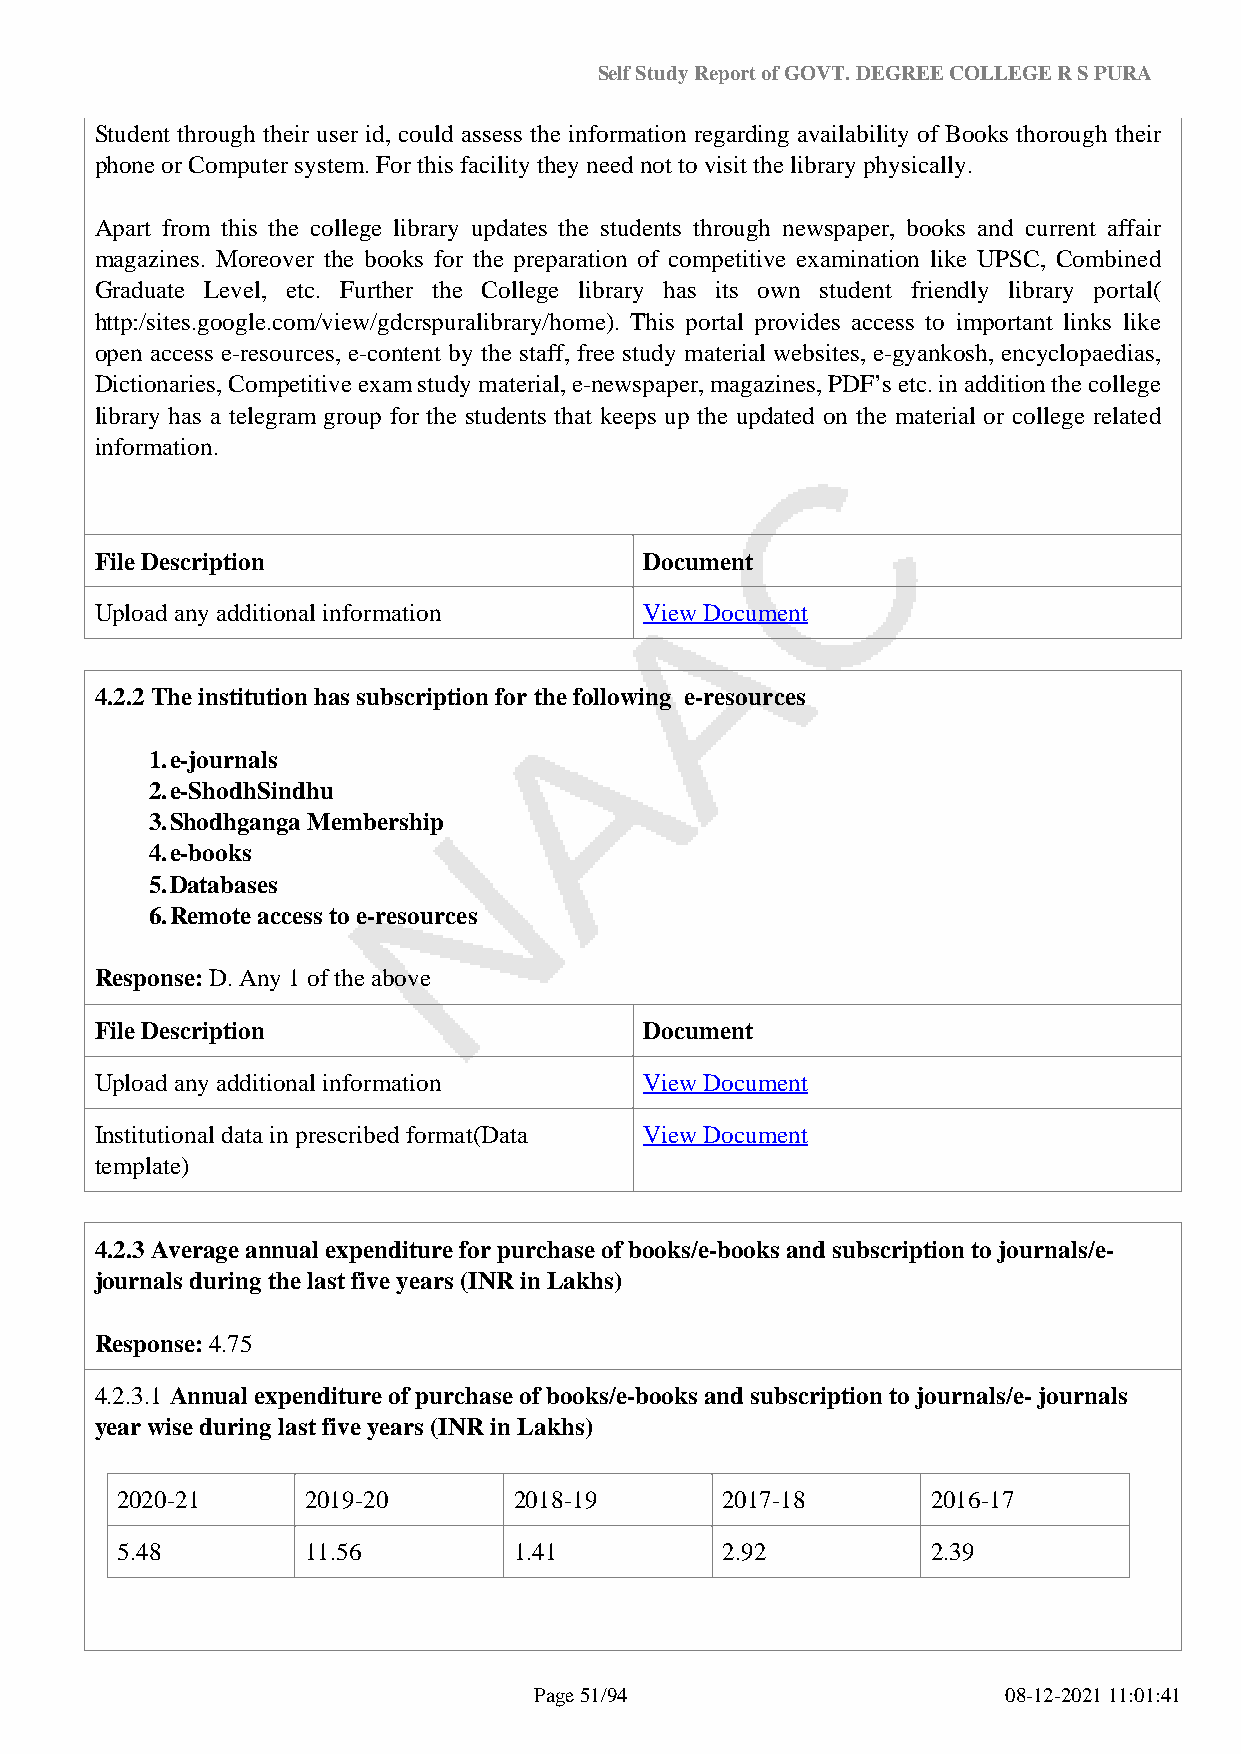
Self Study Report of GOVT. DEGREE COLLEGE R S PURA
 Student through their user id, could assess the information regarding availability of Books thorough their
 phone or Computer system. For this facility they need not to visit the library physically.
 Apart from this the college library updates the students through newspaper, books and current affair
 magazines. Moreover the books for the preparation of competitive examination like UPSC, Combined
 Graduate Level, etc. Further the College library has its own student friendly library portal(
 http:/sites.google.com/view/gdcrspuralibrary/home). This portal provides access to important links like
 open access e-resources, e-content by the staff, free study material websites, e-gyankosh, encyclopaedias,
 Dictionaries, Competitive exam study material, e-newspaper, magazines, PDF’s etc. in addition the college
 library has a telegram group for the students that keeps up the updated on the material or college related
 information.
 File Description                     Document
 Upload any additional information    View Document
 4.2.2 The institution has subscription for the following e-resources
 1.e-journals
 2.e-ShodhSindhu
 3.Shodhganga Membership
 4.e-books
 5.Databases
 6.Remote access to e-resources
 Response: D. Any 1 of the above
 File Description                     Document
 Upload any additional information    View Document
 Institutional data in prescribed format(Data View Document
 template)
 4.2.3 Average annual expenditure for purchase of books/e-books and subscription to journals/e-
 journals during the last five years (INR in Lakhs)
 Response: 4.75
 4.2.3.1 Annual expenditure of purchase of books/e-books and subscription to journals/e- journals
 year wise during last five years (INR in Lakhs)
 2020-21     2019-20       2018-19       2017-18       2016-17
 5.48        11.56         1.41          2.92          2.39
 Page 51/94                      08-12-2021 11:01:41